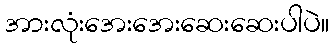
အားလုံးအေးအေးဆေးဆေးပါပဲ။